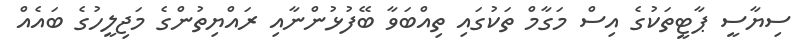
ސިޔާސީ ޕާޓީތަކުގެ އިސް މަގާމް ތަކުގައި ތިއްބަވާ ބޭފުޅުންނާއި ރައްޔިތުންގެ މަޖިލީހުގެ ބައެއް